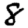
Digit: 8